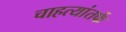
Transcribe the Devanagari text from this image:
चाहत्यांतर्फे